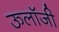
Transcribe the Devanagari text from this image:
ऊलॉजी